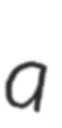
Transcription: a